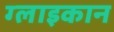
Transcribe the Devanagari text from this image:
ग्लाइकान